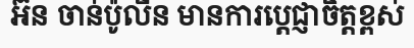
អ៊ន ចាន់ប៉ូលីន មានការប្តេជ្ញាចិត្តខ្ពស់